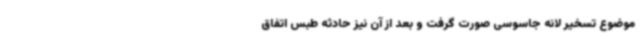
موضوع تسخیر لانه جاسوسی صورت گرفت و بعد از آن نیز حادثه طبس اتفاق